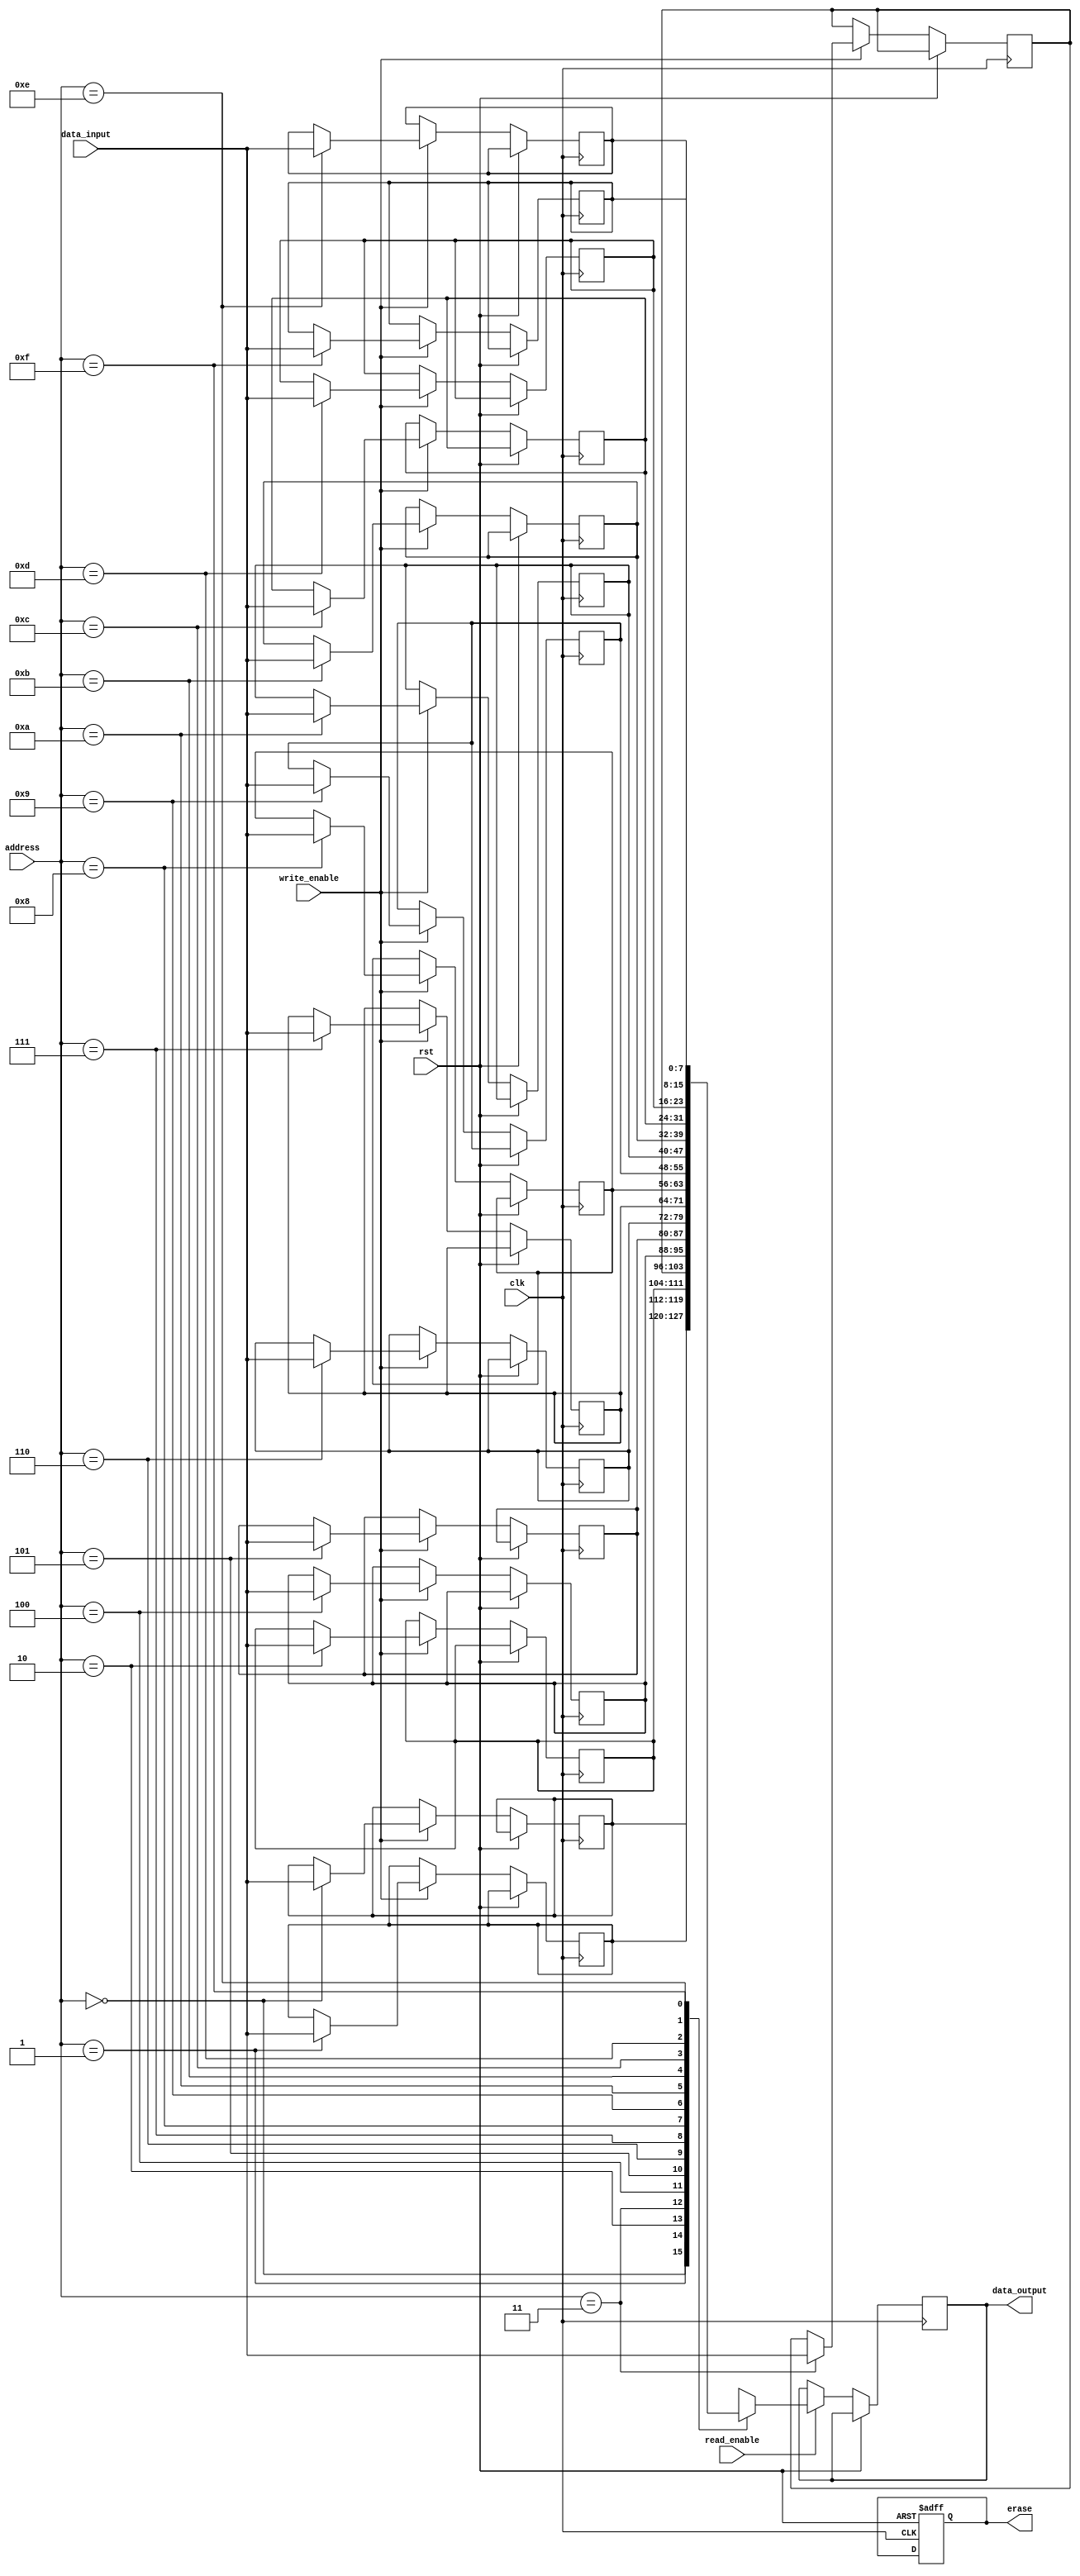
module eeprom (
    input wire clk,
    input wire rst,
    input wire write_enable,
    input wire read_enable,
    input wire [7:0] data_input,
    output reg [7:0] data_output,
    input wire [3:0] address,
    output reg erase
);

reg [7:0] memory [15:0];
reg [7:0] input_reg;
reg [7:0] output_reg;
reg [3:0] address_selector;

always @(posedge clk or posedge rst) begin
    if (rst) begin
        erase <= 0;
        input_reg <= 8'h00;
        output_reg <= 8'h00;
        address_selector <= 4'h0;
    end else begin
        if (write_enable) begin
            memory[address] <= data_input;
        end

        if (read_enable) begin
            data_output <= memory[address];
        end

        input_reg <= data_input;
        output_reg <= memory[address_selector];
        address_selector <= address;
    end
end

endmodule